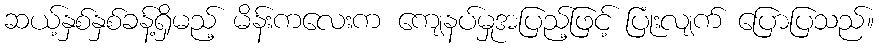
ဆယ့်နှစ်နှစ်ခန့်ရှိမည့် မိန်းကလေးက ကျေနပ်မှုအပြည့်ဖြင့် ပြုံးလျက် ပြောပြသည်။